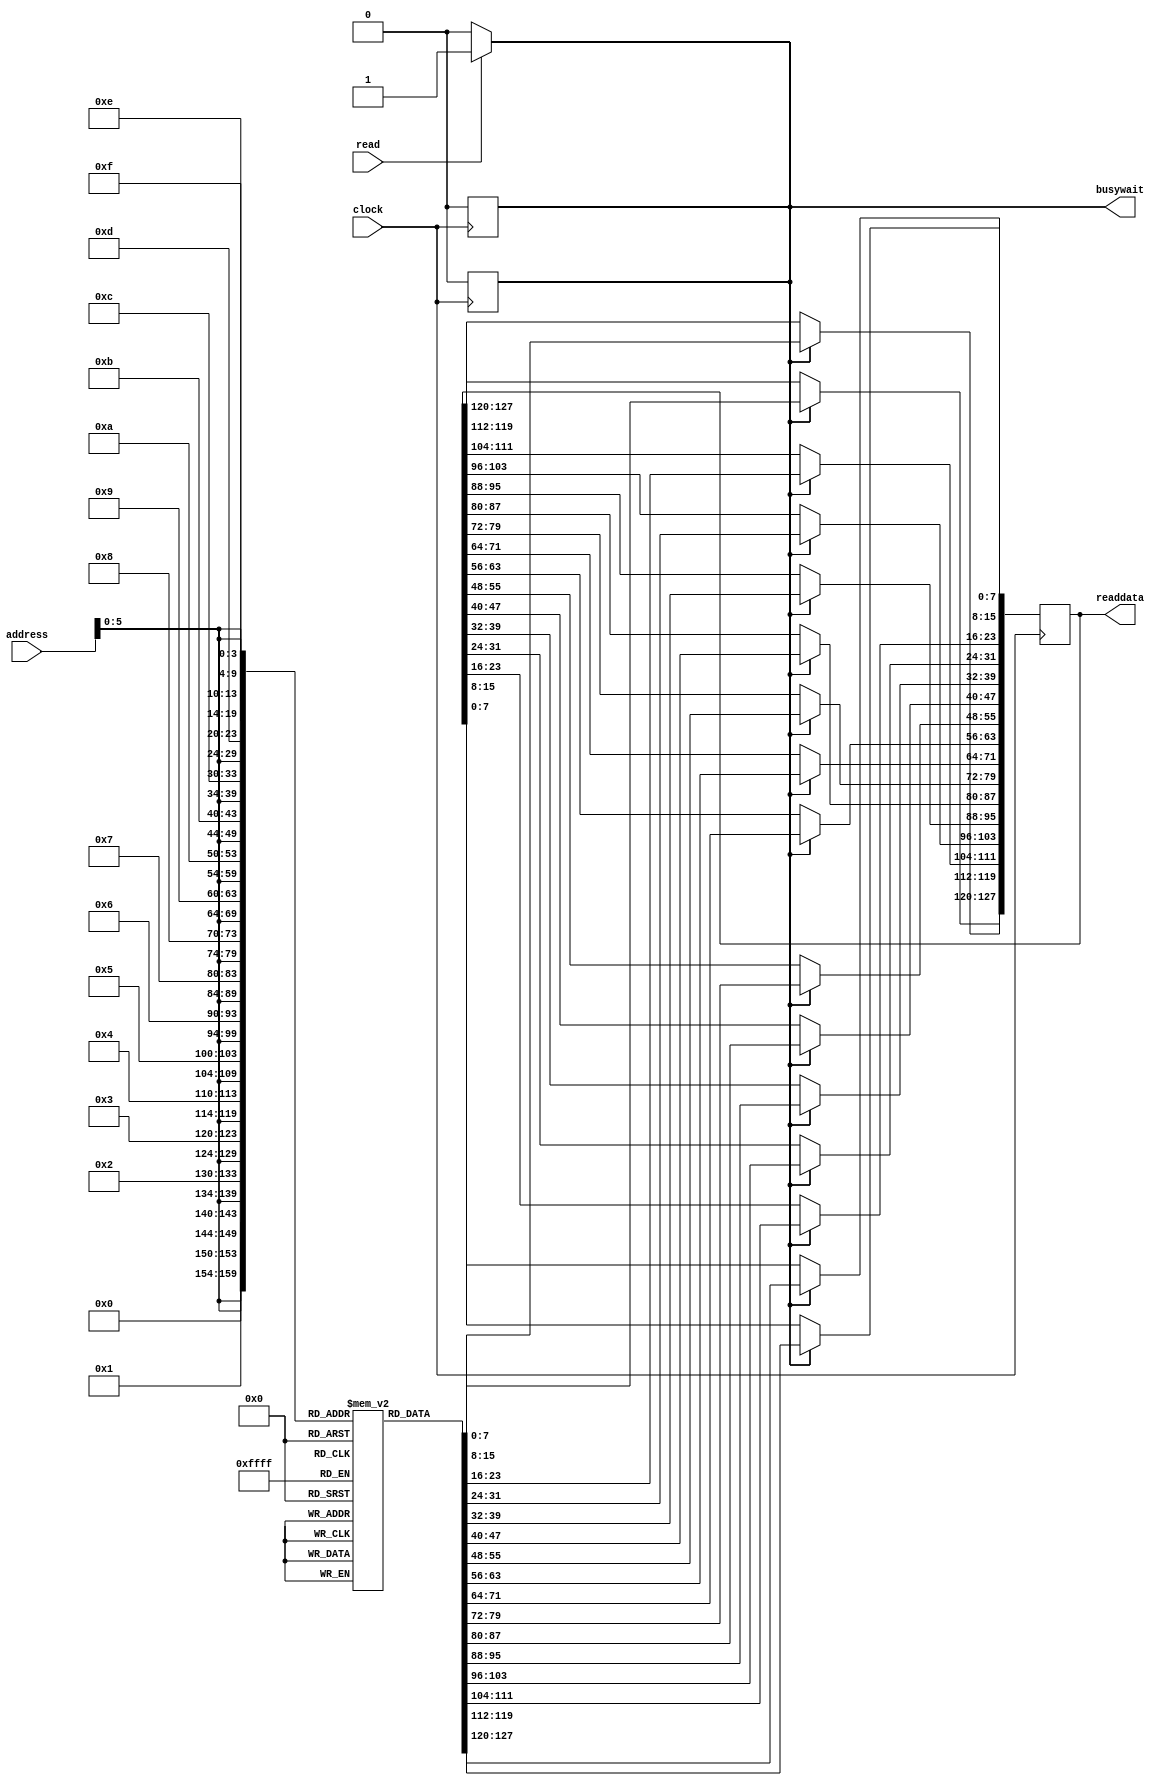
`timescale  1ns/100ps
module Instruction_memory(
    clock,
    read,
    address,
    readdata,
    busywait
);

input               clock;
input               read;
input[27:0]          address;
output reg [127:0]  readdata;
output reg          busywait;

reg readaccess;

//Declare memory array 1024x8-bits 
reg [7:0] memory_array [1023:0];

//Initialize instruction memory
initial
begin
    busywait = 0;
    readaccess = 0;

    // Sample program given below. You may hardcode your software program here, or load it from a file:
         {memory_array[32'd03], memory_array[32'd02], memory_array[32'd01], memory_array[32'd00]} <= 32'b10001111000100001000000010010011;           
         {memory_array[32'd07], memory_array[32'd06], memory_array[32'd05], memory_array[32'd04]} <= 32'b00000000000000000000000000000000;           
         {memory_array[32'd11], memory_array[32'd10], memory_array[32'd09], memory_array[32'd08]} <= 32'b00000000000000000000000000000000;         
         {memory_array[32'd15], memory_array[32'd14], memory_array[32'd13], memory_array[32'd12]} <= 32'b00000000000000001111011000010011;       
         {memory_array[32'd19], memory_array[32'd18], memory_array[32'd17], memory_array[32'd16]} <= 32'b00000000000000000000000000000000;       
         {memory_array[32'd23], memory_array[32'd22], memory_array[32'd21], memory_array[32'd20]} <= 32'b00000000000000000000000000000000;       
         {memory_array[32'd27], memory_array[32'd26], memory_array[32'd25], memory_array[32'd24]} <= 32'b00000000000101100000000010100011;       
         {memory_array[32'd31], memory_array[32'd30], memory_array[32'd29], memory_array[32'd28]} <= 32'b00000000000000000000000000000000;      
         {memory_array[32'd35], memory_array[32'd34], memory_array[32'd33], memory_array[32'd32]} <= 32'b00000000000000000000000000000000;
         {memory_array[32'd39], memory_array[32'd38], memory_array[32'd37], memory_array[32'd36]} <= 32'b11110010001101100000000100000011;
         {memory_array[32'd43], memory_array[32'd42], memory_array[32'd41], memory_array[32'd40]} <= 32'b00000000000000000000000000000000;
         {memory_array[32'd47], memory_array[32'd46], memory_array[32'd45], memory_array[32'd44]} <= 32'b11110010110000001010000110100011;
         {memory_array[32'd51], memory_array[32'd50], memory_array[32'd49], memory_array[32'd48]} <= 32'b11110010001100001010011010000011;
         {memory_array[32'd55], memory_array[32'd54], memory_array[32'd53], memory_array[32'd52]} <= 32'b00000000000000000000000000000000;
         {memory_array[32'd59], memory_array[32'd58], memory_array[32'd57], memory_array[32'd56]} <= 32'b00000000000000000000000000000000;
         {memory_array[32'd63], memory_array[32'd62], memory_array[32'd61], memory_array[32'd60]} <= 32'b11110010110100001010000110100011;
end

//ADDI x1,x1,0x8F1
//ADDI x17,x17,0x8F1
//ORI x12,x17,0x800
//AND x13,x17,x11
//LB x12,0x001(x13)
//BEQ x4,x5,0x014


// ADDI x1,x1,0x8F1
// ORI x12,x1,0x800
// SB x1,0xF23(x12)
// SW x12,0xF23(x1)
// LB x2,0xF23(x12)
// LW x13,0xF23(x1)





// ADDI x1,x1,0x8F1
// ANDI x12,x1,0x000 

// SB x1,0x001(x12)  

// LB x2,0xF23(x12) 
// SW  x12,0xF23(x1) 
// LW x13,0xF23(x1)
// SW  x13,0xF23(x1)





















//Detecting an incoming memory access
always @(read)
begin
    busywait = (read)? 1 : 0;
    readaccess = (read)? 1 : 0;
end

//Reading
always @(posedge clock)
begin
    if(readaccess)
    begin
        readdata[7:0]     = #40 memory_array[{address,4'b0000}];
        readdata[15:8]    = #40 memory_array[{address,4'b0001}];
        readdata[23:16]   = #40 memory_array[{address,4'b0010}];
        readdata[31:24]   = #40 memory_array[{address,4'b0011}];
        readdata[39:32]   = #40 memory_array[{address,4'b0100}];
        readdata[47:40]   = #40 memory_array[{address,4'b0101}];
        readdata[55:48]   = #40 memory_array[{address,4'b0110}];
        readdata[63:56]   = #40 memory_array[{address,4'b0111}];
        readdata[71:64]   = #40 memory_array[{address,4'b1000}];
        readdata[79:72]   = #40 memory_array[{address,4'b1001}];
        readdata[87:80]   = #40 memory_array[{address,4'b1010}];
        readdata[95:88]   = #40 memory_array[{address,4'b1011}];
        readdata[103:96]  = #40 memory_array[{address,4'b1100}];
        readdata[111:104] = #40 memory_array[{address,4'b1101}];
        readdata[119:112] = #40 memory_array[{address,4'b1110}];
        readdata[127:120] = #40 memory_array[{address,4'b1111}];
        busywait = 0;
        readaccess = 0;
    end
end
 
endmodule